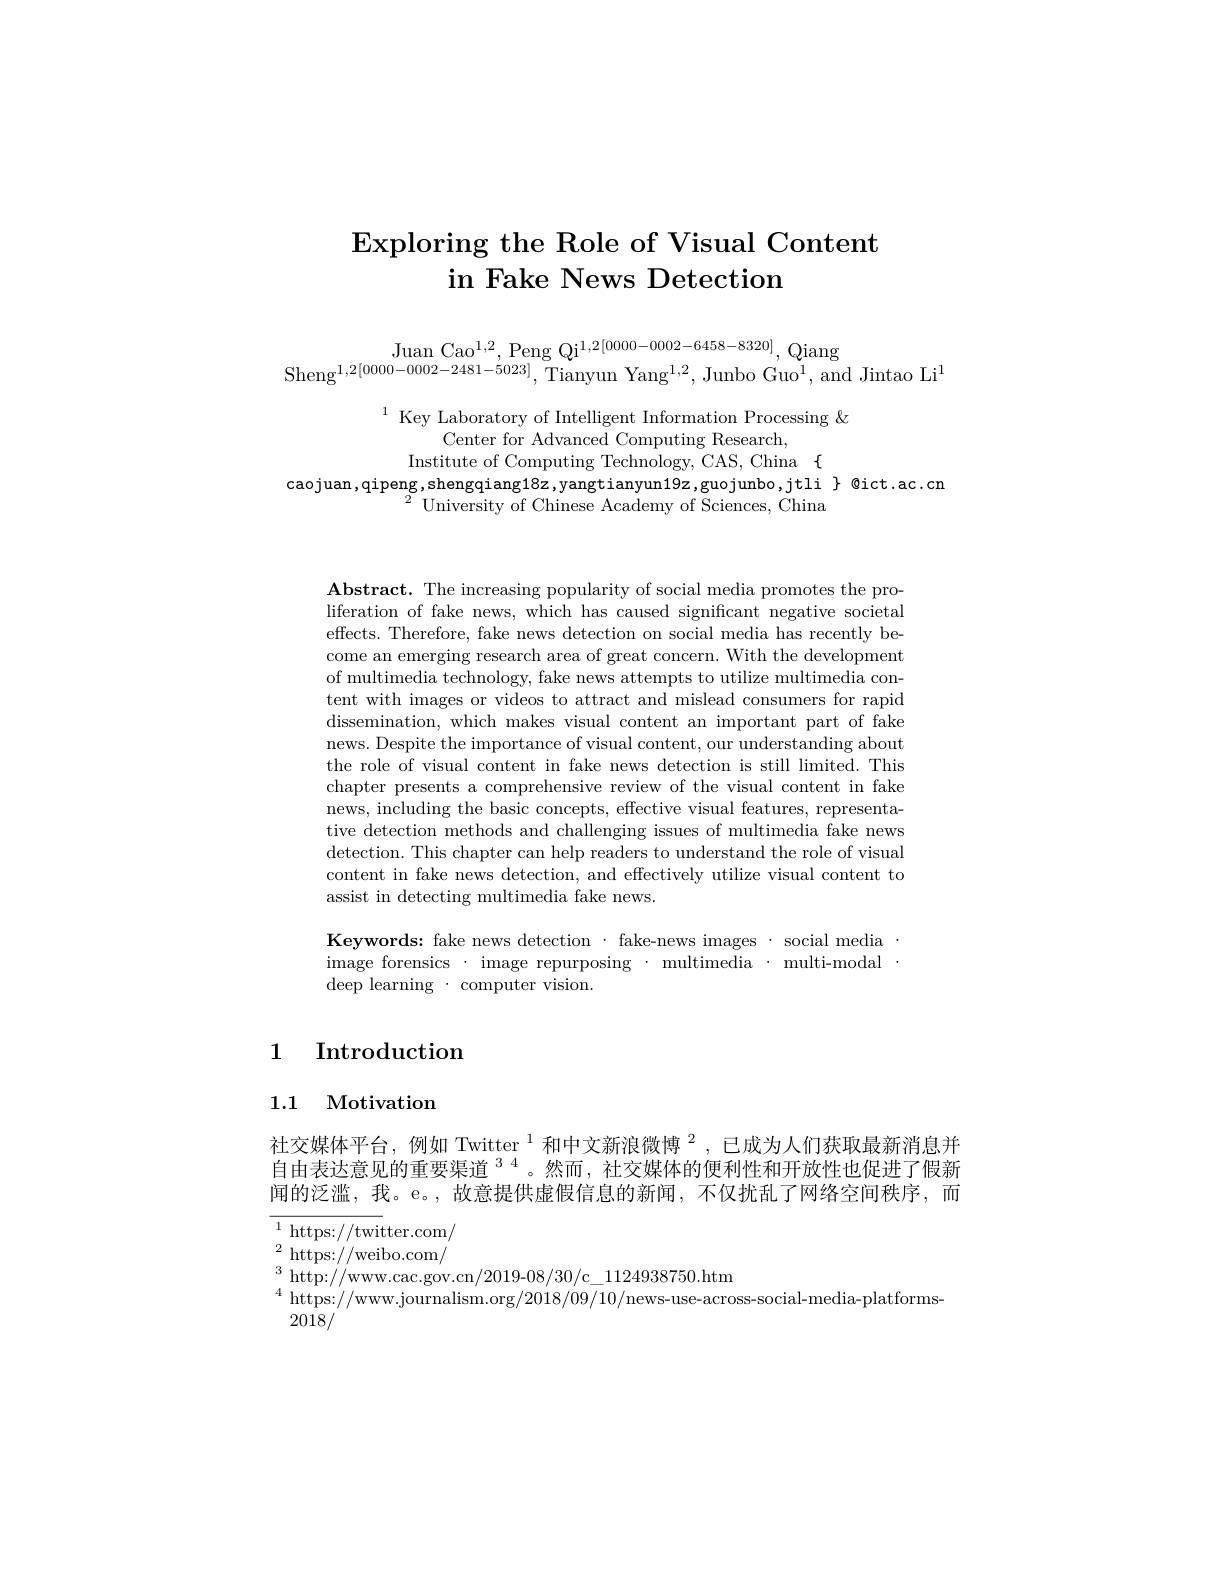
# $\textbf{Exploring the Role of Visual Content}$ in Fake News Detection

$\begin{array}{c}{\mathrm{Juan~Cao^{1,2},~Peng~Qi^{1,2[0000-0002-6458-8320]},~Qiang}}\\{\mathrm{Sheng^{1,2[0000-0002-2481-5023]},~Tianyun~Yang^{1,2},~Junbo~Guo^{1},~and~Jintao~Li^{1}}}\end{array}$

$^{1}$ Key Laboratory of Intelligent Information Processing &
Center for Advanced Computing Research,
Institute of Computing Technology, CAS, China $\{$
caojuan,qipeng,shengqiang18z,yangtianyun19z,guojunbo,jtli $\}$ @ict.ac.cn
$^{2}$ University of Chinese Academy of Sciences, China

$\mathbf{Abstract.~The~increasing~popularity~of~social~media~promotes~the~pro-}$ liferation of fake news, which has caused significant negative societal effects. Therefore, fake news detection on social media has recently become an emerging research area of great concern. With the development of multimedia technology, fake news attempts to utilize multimedia content with images or videos to attract and mislead consumers for rapid dissemination, which makes visual content an important part of fake news. Despite the importance of visual content, our understanding about the role of visual content in fake news detection is still limited. This chapter presents a comprehensive review of the visual content in fake news, including the basic concepts, effective visual features, representative detection methods and challenging issues of multimedia fake news detection. This chapter can help readers to understand the role of visual content in fake news detection, and effectively utilize visual content to assist in detecting multimedia fake news.

Keywords: fake news detection· fake-news images· social media image forensics · image repurposing · multimedia · multi-modal deep learning $\cdot$computer vision

## 1 Introduction

# 1.1 Motivation

社交媒体平台，例如 Twitter $^{1}$和中文新浪微博$^{2}$,已成为人们获取最新消息并自由表达意见的重要渠道$^{34}$。然而，社交媒体的便利性和开放性也促进了假新闻的泛滥，我。e。,故意提供虚假信息的新闻，不仅扰乱了网络空间秩序，而$^{1}$https://twitter.com/

$^{3}$http://www.cac.gov.cn/2019-08/30/c\_1124938750.htm
$^{4}$ https://www.journalism.org/2018/09/10/news-use-across-social-media-platforms-
2018/